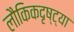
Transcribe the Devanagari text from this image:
लौकिकदृष्ट्या